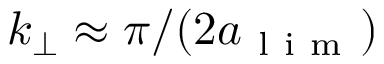
k _ { \perp } \approx \pi / ( 2 \ensuremath { a _ { \mathrm { ~ l ~ i ~ m ~ } } } )